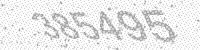
Solution: 385495